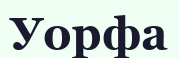
Уорфа